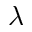
\lambda